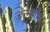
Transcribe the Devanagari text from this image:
जन्मगांव